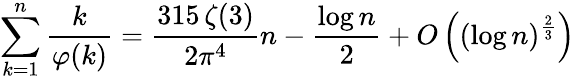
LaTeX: \sum_{k=1}^{n}{\frac{k}{\varphi(k)}}={\frac{315\, \zeta(3)}{2\pi^{4}}}n-{\frac{\log n}{2}}+O\left((\log n)^{\frac{2}{3}}\right)